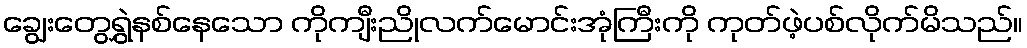
ချွေးတွေရွှဲနစ်နေသော ကိုကျီးညိုလက်မောင်းအုံကြီးကို ကုတ်ဖဲ့ပစ်လိုက်မိသည်။